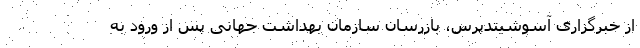
از خبرگزاری آسوشیتدپرس، بازرسان سازمان بهداشت جهانی پس از ورود به